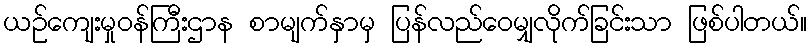
ယဉ်ကျေးမှုဝန်ကြီးဌာန စာမျက်နှာမှ ပြန်လည်ဝေမျှလိုက်ခြင်းသာ ဖြစ်ပါတယ်။